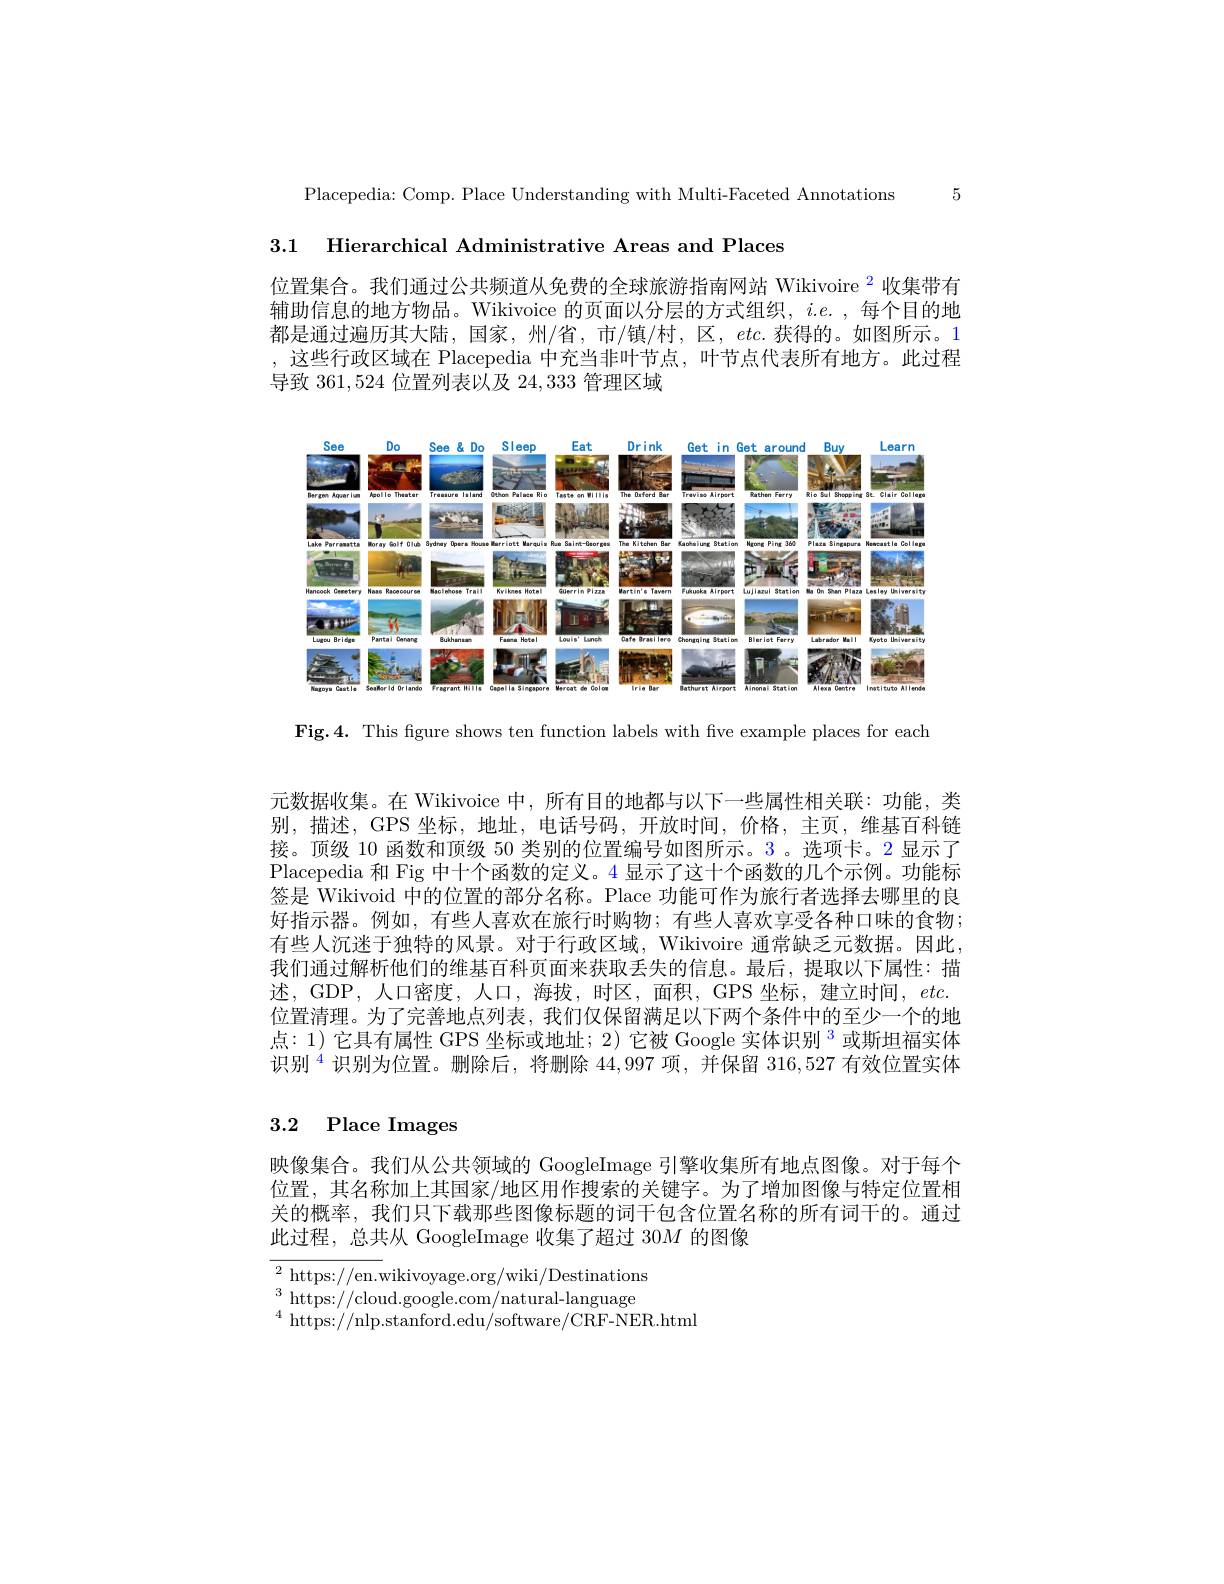
Placepedia: Comp. Place Understanding with Multi-Faceted Annotations 5

3.1 Hierarchical Administrative Areas and Places

位置集合。我们通过公共频道从免费的全球旅游指南网站 Wikivoire $^{\color{red}2}$收集带有辅助信息的地方物品。Wikivoice 的页面以分层的方式组织，$i.e.$,每个目的地都是通过遍历其大陆，国家，州/省，市/镇/村，区，$etc.$获得的。如图所示。1 ,这些行政区域在 Placepedia 中充当非叶节点，叶节点代表所有地方。此过程导致361，524位置列表以及24，333管理区域

<FigureHere>

Fig.4. This figure shows ten function labels with five example places for each

元数据收集。在 Wikivoice 中，所有目的地都与以下一些属性相关联：功能，类别，描述，GPS 坐标，地址，电话号码，开放时间，价格，主页，维基百科链接。顶级 10 函数和顶级 50 类别的位置编号如图所示。3。选项卡。2 显示了Placepedia 和 Fig 中十个函数的定义。4 显示了这十个函数的几个示例。功能标签是 Wikivoid 中的位置的部分名称。Place 功能可作为旅行者选择去哪里的良好指示器。例如，有些人喜欢在旅行时购物；有些人喜欢享受各种口味的食物； 有些人沉迷于独特的风景。对于行政区域，Wikivoire 通常缺乏元数据。因此， 我们通过解析他们的维基百科页面来获取丢失的信息。最后，提取以下属性：描述，GDP,人口密度，人口，海拔，时区，面积，GPS 坐标，建立时间，$etc.$ 位置清理。为了完善地点列表，我们仅保留满足以下两个条件中的至少一个的地点：1)它具有属性 GPS 坐标或地址；2) 它被 Google 实体识别$^{3}$或斯坦福实体识别$^{4}$识别为位置。删除后，将删除 44,997 项，并保留 316,527 有效位置实体

# 3.2 Place Images

映像集合。我们从公共领域的 GoogleImage 引擎收集所有地点图像。对于每个位置，其名称加上其国家/地区用作搜索的关键字。为了增加图像与特定位置相关的概率，我们只下载那些图像标题的词干包含位置名称的所有词干的。通过此过程，总共从 GoogleImage 收集了超过 30$M$的图像

${}^{2}{\mathrm{~https://en.wikivoyage.org/wiki/Destinations}}$ $^{3}$https://cloud.google.com/natural-language $^{4}$ https://nlp.stanford.edu/software/CRF-NER.html